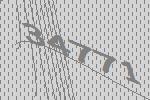
34771